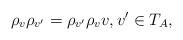
LaTeX: \begin{align*}\rho_{v}\rho_{v'}=\rho_{v'}\rho_{v}v,v'\in T_A,\end{align*}